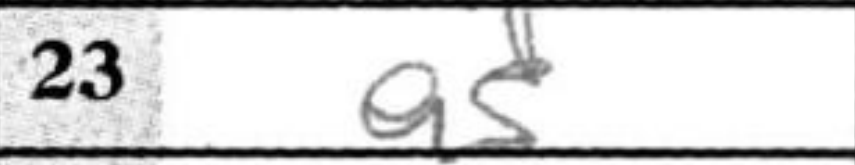
Transcription: a5